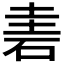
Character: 𥒐